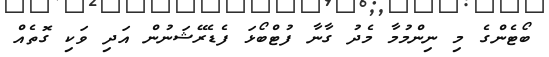
ބޯޓެންގެ މި ނިންމުމާ މެދު ގާނާ ފުޓްބޯޅަ ފެޑެރޭޝަނުން އަދި ވަކި ގޮތެއް